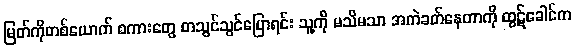
မြတ်ကိုတစ်ယောက် စကားတွေ တသွင်သွင်ပြောရင်း သူ့ကို မသိမသာ အကဲခတ်နေတာကို ထွဋ်ခေါင်က